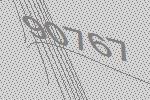
90767